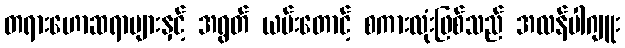
တရားဟောဆရာများနှင့် အရွတ် ယမ်းတောင့် စကားလုံးဖြစ်သည် အလန်ပါဂျူး